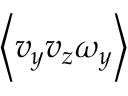
\left\langle v _ { y } v _ { z } \omega _ { y } \right\rangle